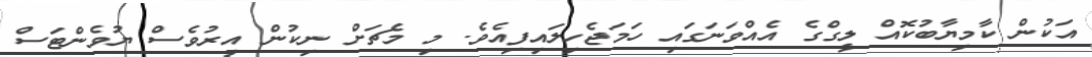
އަކުން ކާމިޔާބުކޮއް ލީގްގެ އެއްވަނަގައި ހަމަޖެހިލައިފިއެވެ. މި މެޗަށް ނިކުން އިރުވެސް ޔުވެންޓަސް